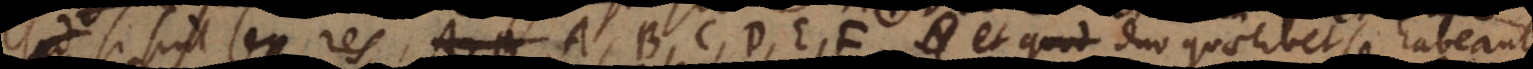
sed Si sint sex res A, B, C, D, E, F, et duo quaelibet se habeant